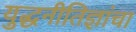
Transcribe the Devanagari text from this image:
युद्धनीतिज्ञांचा